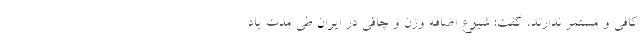
کافی و مستمر ندارند، گفت: شیوع اضافه وزن و چاقی در ایران طی مدت یاد